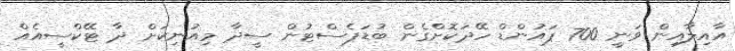
އާއިލާއިން ވަނީ 700 ޕައުންޑް ހޭދަކޮށްގެން ބުޑަޕެސްޓުން ސީދާ މިއުނިކަށް ދާ ޓޭކްސީއެއް